Bréfritari: Guðrún Kristjánsdóttir
Viðtakandi: Jón Borgfirðingur
Dagsetning: A-1865-07-24
Skrifað á: Ljósavatni  S-Þing.
Óvíst

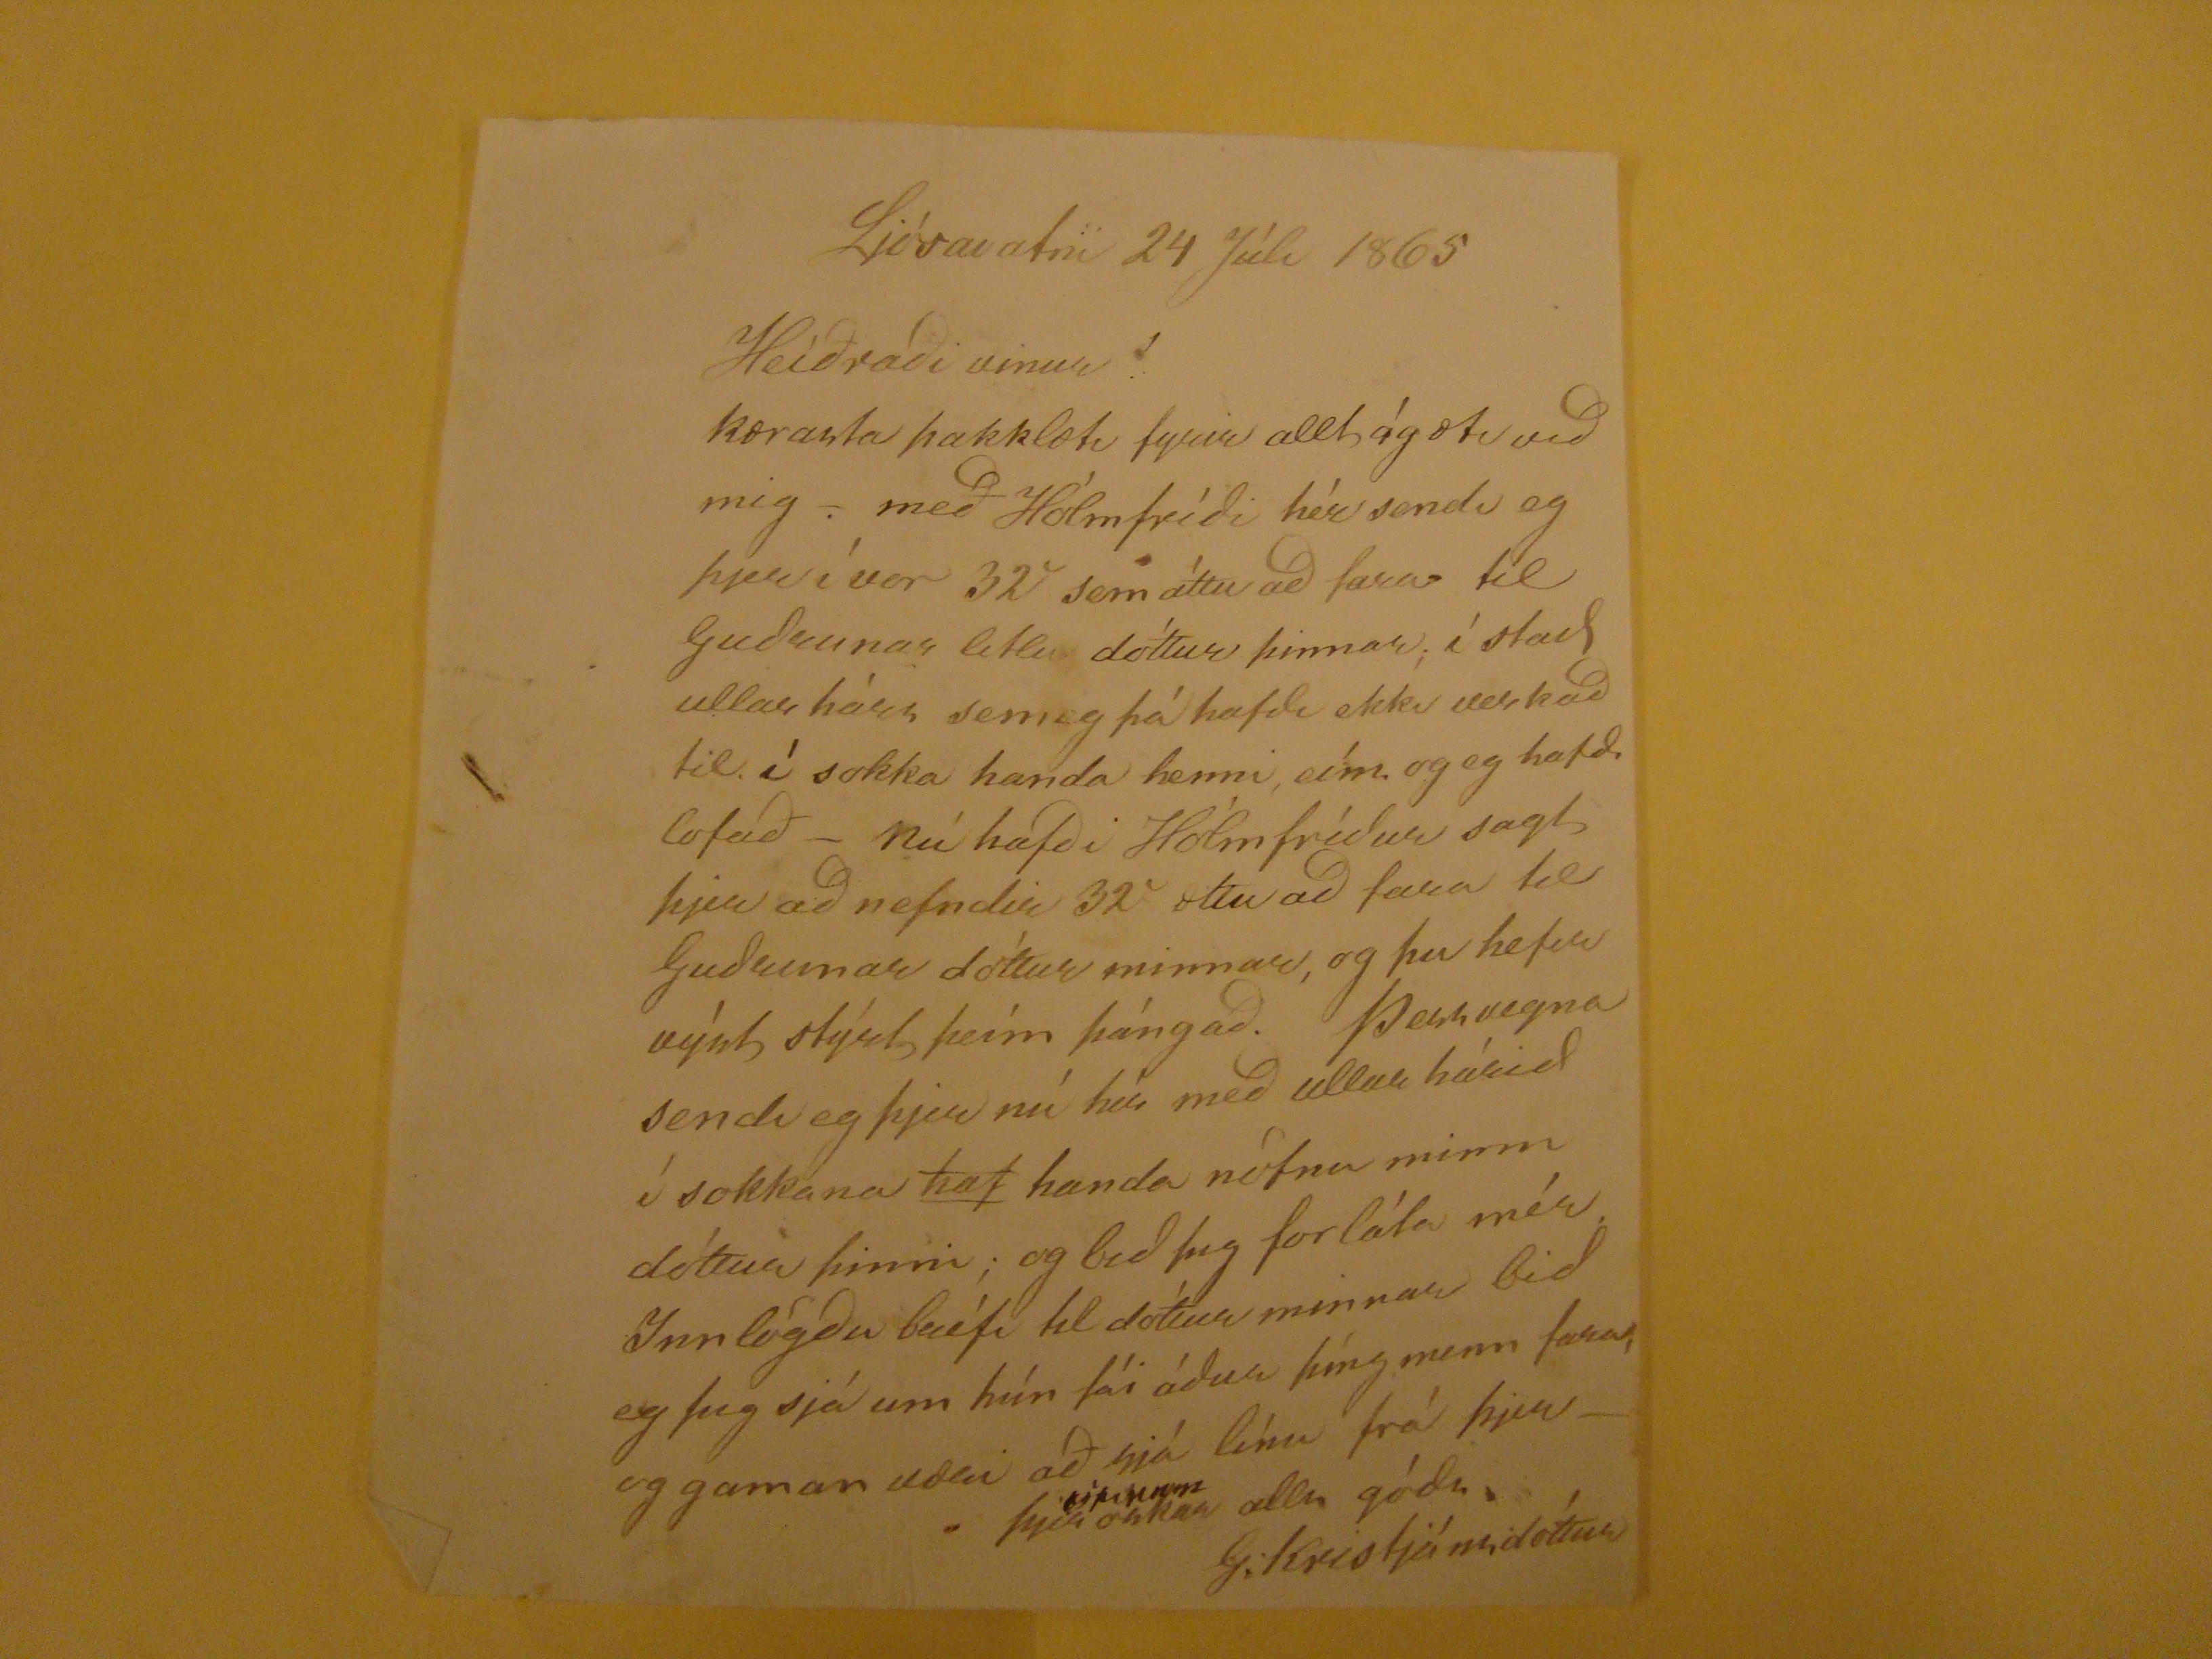

Ljósavatni 24 Júli 1865
Heiðraði vinur!
Kærasta þakklæti fyrir allt ágæti við mig- með Hólmfríði hér sendi eg þjer í vor 32 sem áttu að fara til Guðrunar litlu dóttur þinnar. í stad ullarháss sem eg þá hafði ekki verkað til ì sokka handa henni eíns og eg hafði lofað- Nú hafði Hólmfríður sagt þjer að nefndin 32 ættu að fara til Guðrunar dóttur minnar, og þu hefur výst stýrt þeím þángað. Þessvegna sendi eg þjer nú hér með ullar hásið í sokkana
haf
handa nöfnu minni dóttur þinni; og bið þig forláta mér. Ynnlögðu bréfi til dóttur minnar bið eg þig sjá um hún fái áður þíngmenn
færat
og gaman væri að sjá línu frá þjer-
-þjer óskar
og þinum
alls góðs.
G. Kristjánsdóttur